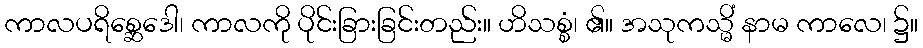
ကာလပရိစ္ဆေဒေါ၊ ကာလကို ပိုင်းခြားခြင်းတည်း။ ဟိသစ္စံ၊ ၏။ အသုကသ္မိံ နာမ ကာလေ၊ ၌။